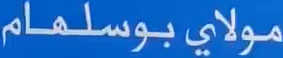
مولاي بوسلهام